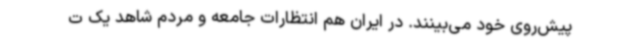
پیش‌روی خود می‌بینند. در ایران هم انتظارات جامعه و مردم شاهد یک ت